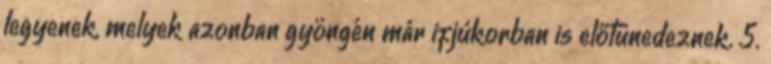
legyenek, melyek azonban gyöngén már ifjúkorban is előtünedeznek. 5.